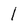
Character: I